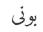
بونى